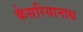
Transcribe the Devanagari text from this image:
केसरियानाथ